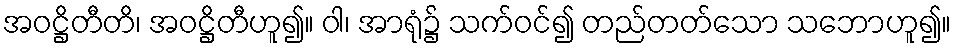
အဝဋ္ဌိတီတိ၊ အဝဋ္ဌိတီဟူ၍။ ဝါ၊ အာရုံ၌ သက်ဝင်၍ တည်တတ်သော သဘောဟူ၍။